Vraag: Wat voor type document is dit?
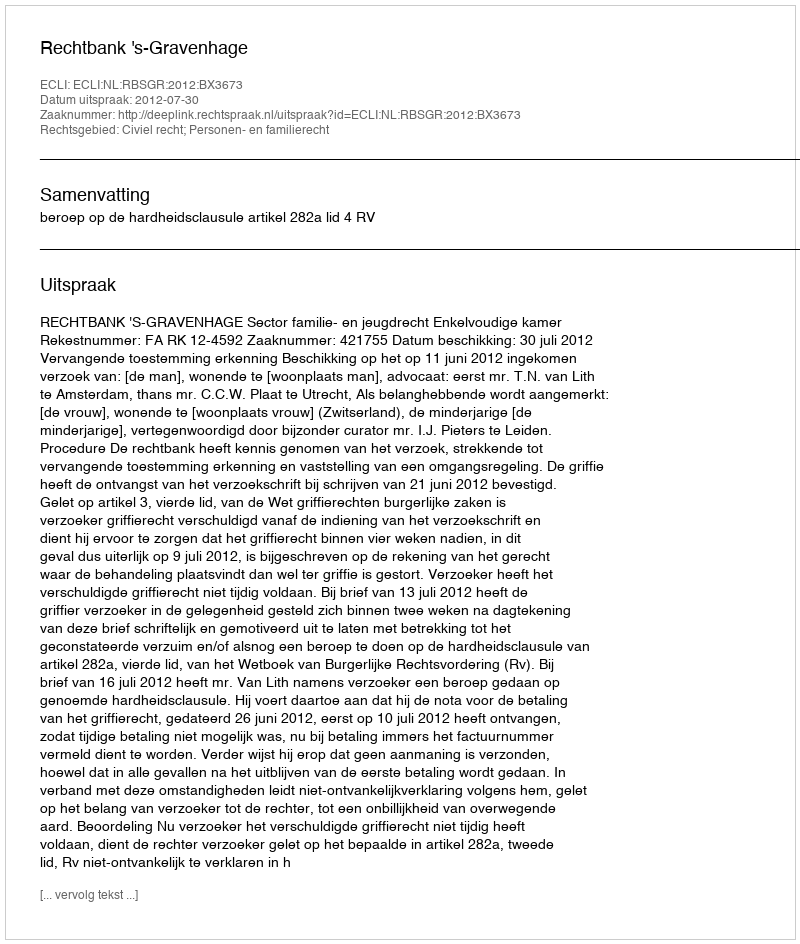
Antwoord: Uitspraak